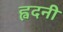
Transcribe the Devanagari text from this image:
ह्वदनी